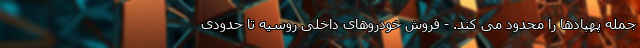
جمله پهپادها را محدود می کند. - فروش خودروهای داخلی روسیه تا حدودی